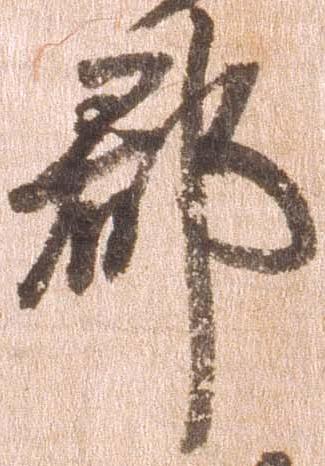
郡